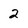
Character: 2